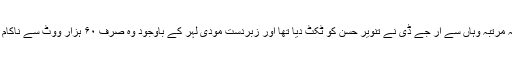
گزشتہ مرتبہ وہاں سے آر جے ڈی نے تنویر حسن کو ٹکٹ دیا تھا اور زبردست مودی لہر کے باوجود وہ صرف ۶۰ ہزار ووٹ سے ناکام رہے۔